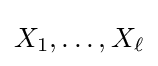
X_{1},\ldots ,X_{\ell }